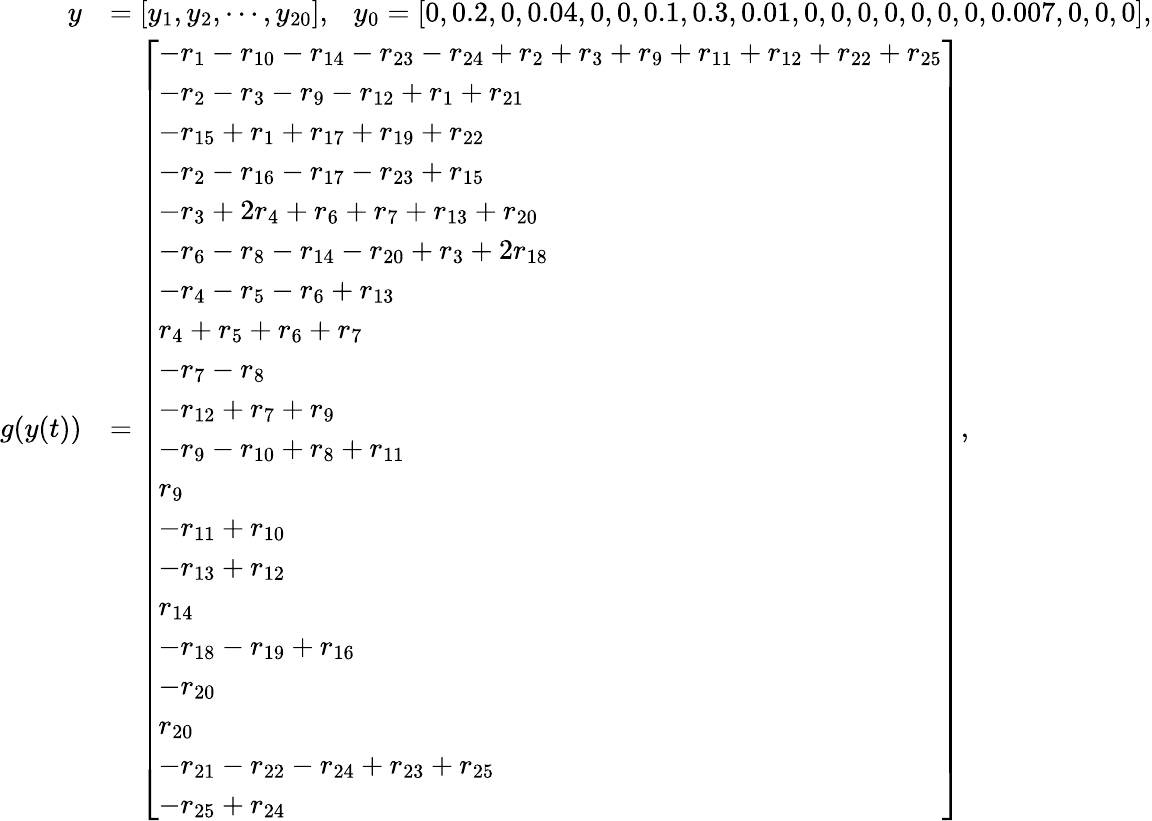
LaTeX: \begin{array}{rl}{y}&{=[y_{1},y_{2},\cdots,y_{20}],~~~y_{0}=[0,0.2,0,0.04,0,0,0.1,0.3,0.01,0,0,0,0,0,0,0,0.007,0,0,0],}\\ {g(y(t))}&{=\left[\begin{array}{l}{-r_{1}-r_{10}-r_{14}-r_{23}-r_{24}+r_{2}+r_{3}+r_{9}+r_{11}+r_{12}+r_{22}+r_{25}}\\ {-r_{2}-r_{3}-r_{9}-r_{12}+r_{1}+r_{21}}\\ {-r_{15}+r_{1}+r_{17}+r_{19}+r_{22}}\\ {-r_{2}-r_{16}-r_{17}-r_{23}+r_{15}}\\ {-r_{3}+2r_{4}+r_{6}+r_{7}+r_{13}+r_{20}}\\ {-r_{6}-r_{8}-r_{14}-r_{20}+r_{3}+2r_{18}}\\ {-r_{4}-r_{5}-r_{6}+r_{13}}\\ {r_{4}+r_{5}+r_{6}+r_{7}}\\ {-r_{7}-r_{8}}\\ {-r_{12}+r_{7}+r_{9}}\\ {-r_{9}-r_{10}+r_{8}+r_{11}}\\ {r_{9}}\\ {-r_{11}+r_{10}}\\ {-r_{13}+r_{12}}\\ {r_{14}}\\ {-r_{18}-r_{19}+r_{16}}\\ {-r_{20}}\\ {r_{20}}\\ {-r_{21}-r_{22}-r_{24}+r_{23}+r_{25}}\\ {-r_{25}+r_{24}}\end{array}\right],}\end{array}